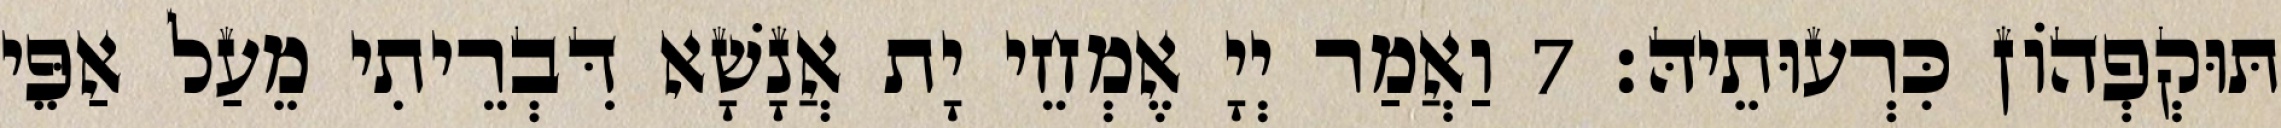
תּוּקְפְהוֹן כִּרְעוּתֵיהּ׃ 7 וַאֲמַר יְיָ אֶמְחֵי יָת אֲנָשָׁא דִּבְרֵיתִי מֵעַל אַפֵּי